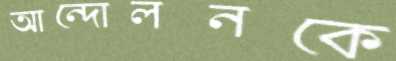
আন্দোলনকে